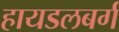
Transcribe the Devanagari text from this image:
हायडलबर्ग